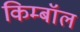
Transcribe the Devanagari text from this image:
किम्बॉल